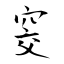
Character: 窔